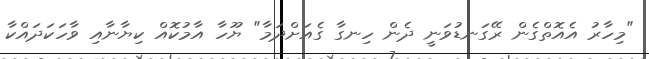
"މިހާރު އެއޮތްގެން ރޭގަނޑުވަނީ ދެން ހިނގާ ގެއަށްދަމާ" ޔޫހާ އާމުކޮއް ކިޔާނާއި ވާހަކަދައްކާ